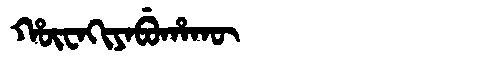
Manchu: ᡥᡡᠸᠠᡴᡳᠶᠠᠪᡠᡥᠠᡴᡡ
Romanization: HŪWAKIYABUHAKŪ